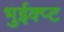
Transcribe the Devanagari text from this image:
भुईक्प्ट